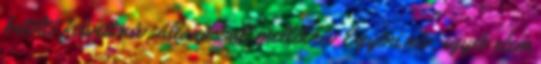
betöltő felvett név, állandósult melléknév Egyéni név, egyéb elem